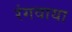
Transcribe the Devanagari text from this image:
रंगवाया